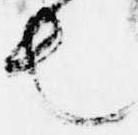
也